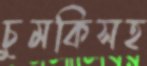
চুমকিসহ